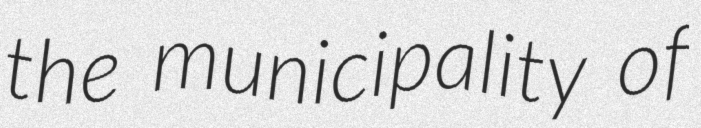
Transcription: the municipality of